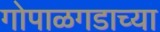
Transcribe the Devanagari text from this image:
गोपाळगडाच्या